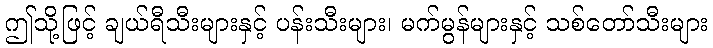
ဤသို့ဖြင့် ချယ်ရီသီးများနှင့် ပန်းသီးများ၊ မက်မွန်များနှင့် သစ်တော်သီးများ